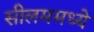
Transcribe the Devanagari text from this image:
सीलममध्ये